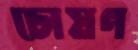
চোষণ